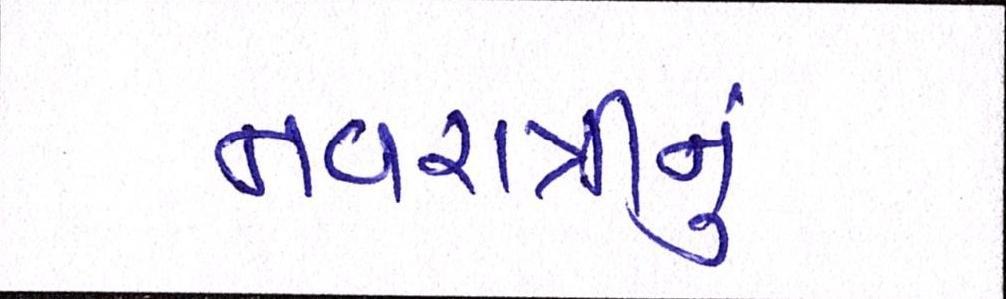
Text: નવરાત્રીનું